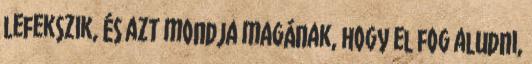
lefekszik, és azt mondja magának, hogy el fog aludni,